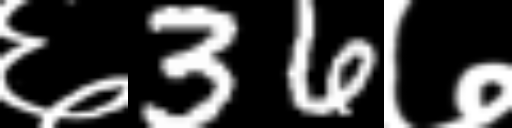
Text: ६36७